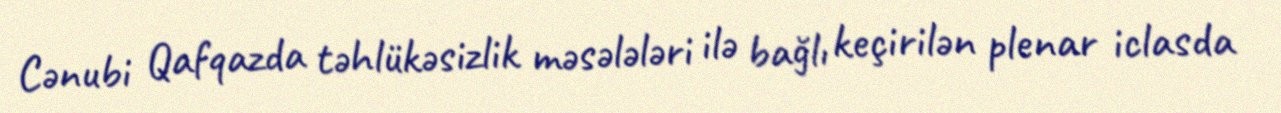
Cənubi Qafqazda təhlükəsizlik məsələləri ilə bağlı keçirilən plenar iclasda